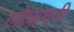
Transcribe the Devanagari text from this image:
लोकगती